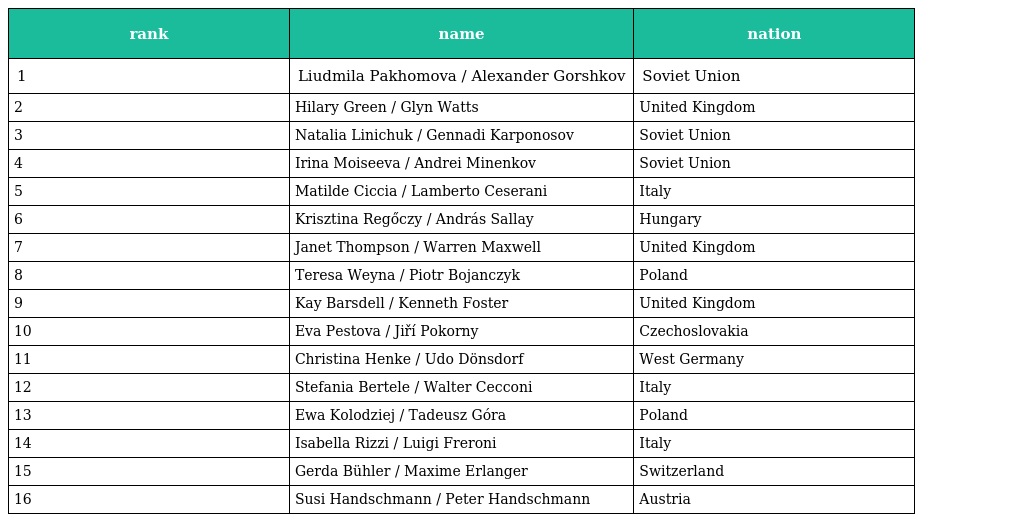
| rank | name | nation |
 | --- | --- | --- |
 | 1 | Liudmila Pakhomova / Alexander Gorshkov | Soviet Union |
 | 2 | Hilary Green / Glyn Watts | United Kingdom |
 | 3 | Natalia Linichuk / Gennadi Karponosov | Soviet Union |
 | 4 | Irina Moiseeva / Andrei Minenkov | Soviet Union |
 | 5 | Matilde Ciccia / Lamberto Ceserani | Italy |
 | 6 | Krisztina Regőczy / András Sallay | Hungary |
 | 7 | Janet Thompson / Warren Maxwell | United Kingdom |
 | 8 | Teresa Weyna / Piotr Bojanczyk | Poland |
 | 9 | Kay Barsdell / Kenneth Foster | United Kingdom |
 | 10 | Eva Pestova / Jiří Pokorny | Czechoslovakia |
 | 11 | Christina Henke / Udo Dönsdorf | West Germany |
 | 12 | Stefania Bertele / Walter Cecconi | Italy |
 | 13 | Ewa Kolodziej / Tadeusz Góra | Poland |
 | 14 | Isabella Rizzi / Luigi Freroni | Italy |
 | 15 | Gerda Bühler / Maxime Erlanger | Switzerland |
 | 16 | Susi Handschmann / Peter Handschmann | Austria |